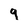
Character: 9